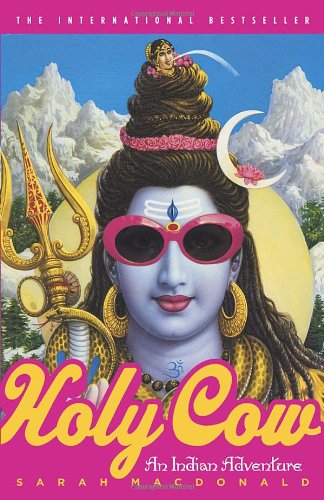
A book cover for Holy Cow: An Indian Adventure; Sarah Macdonald; Travel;